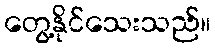
တွေ့နိုင်သေးသည်။